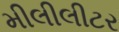
મીલીલીટર